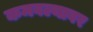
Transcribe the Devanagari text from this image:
कमवल्यावर